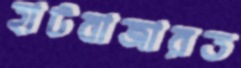
হাটবাজারত